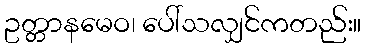
ဥတ္တာနမေဝ၊ ပေါ်သလျှင်ကတည်း။